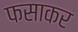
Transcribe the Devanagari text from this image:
फसाकर